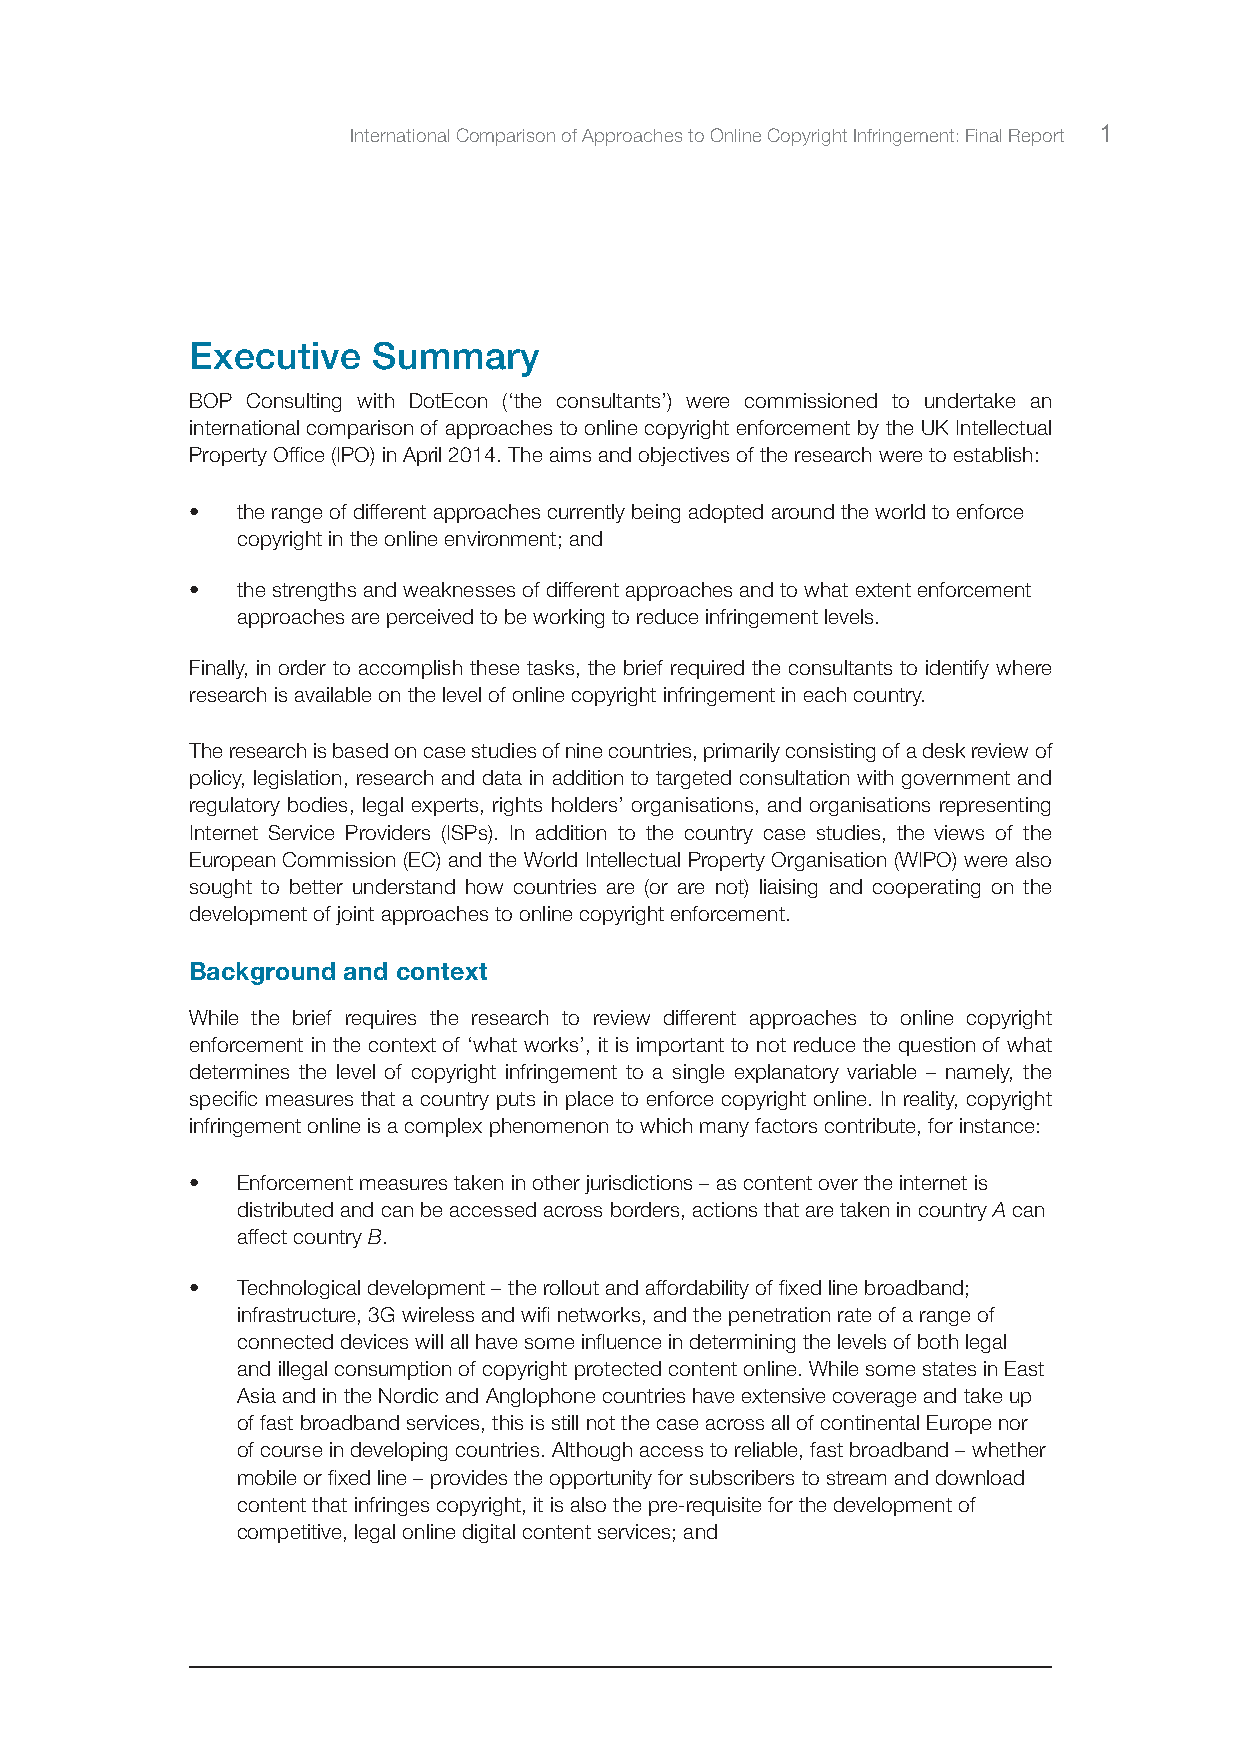
International Comparison of Approaches to Online Copyright Infringement: Final Report 1
 Executive   Summary
 BOP Consulting with DotEcon (‘the consultants’) were commissioned to undertake an
 international comparison of approaches to online copyright enforcement by the UK Intellectual
 Property Office (IPO) in April 2014. The aims and objectives of the research were to establish:
 •  the range of different approaches currently being adopted around the world to enforce
 copyright in the online environment; and
 •  the strengths and weaknesses of different approaches and to what extent enforcement
 approaches are perceived to be working to reduce infringement levels.
 Finally, in order to accomplish these tasks, the brief required the consultants to identify where
 research is available on the level of online copyright infringement in each country.
 The research is based on case studies of nine countries, primarily consisting of a desk review of
 policy, legislation, research and data in addition to targeted consultation with government and
 regulatory bodies, legal experts, rights holders’ organisations, and organisations representing
 Internet Service Providers (ISPs). In addition to the country case studies, the views of the
 European Commission (EC) and the World Intellectual Property Organisation (WIPO) were also
 sought to better understand how countries are (or are not) liaising and cooperating on the
 development of joint approaches to online copyright enforcement.
 Background and context
 While the brief requires the research to review different approaches to online copyright
 enforcement in the context of ‘what works’, it is important to not reduce the question of what
 determines the level of copyright infringement to a single explanatory variable – namely, the
 specific measures that a country puts in place to enforce copyright online. In reality, copyright
 infringement online is a complex phenomenon to which many factors contribute, for instance:
 •  Enforcement measures taken in other jurisdictions – as content over the internet is
 distributed and can be accessed across borders, actions that are taken in country A can
 affect country B.
 •  Technological development – the rollout and affordability of fixed line broadband;
 infrastructure, 3G wireless and wifi networks, and the penetration rate of a range of
 connected devices will all have some influence in determining the levels of both legal
 and illegal consumption of copyright protected content online. While some states in East
 Asia and in the Nordic and Anglophone countries have extensive coverage and take up
 of fast broadband services, this is still not the case across all of continental Europe nor
 of course in developing countries. Although access to reliable, fast broadband – whether
 mobile or fixed line – provides the opportunity for subscribers to stream and download
 content that infringes copyright, it is also the pre-requisite for the development of
 competitive, legal online digital content services; and